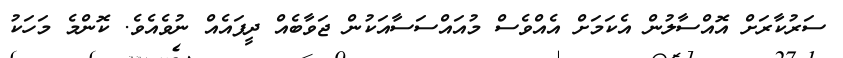
ސަރުކާރަށް އޮއްސާލުން އެކަމަށް އެއްވެސް މުއައްސަސާއަކުން ޖަވާބެއް ދީފައެއް ނުވެއެވެ. ކޮންމެ މަހަކު